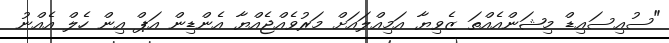
"ސުއިސައިޑް މިޝަންއެއްތަ ޒެވިޔާ އަމިއްލައަށް މަރުވެއްޖެއްޔާ އެންޑިން އަޕް އިން ހެލް އެއްނު